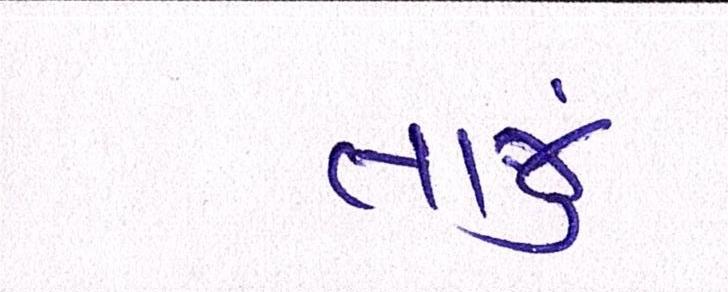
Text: તાજું